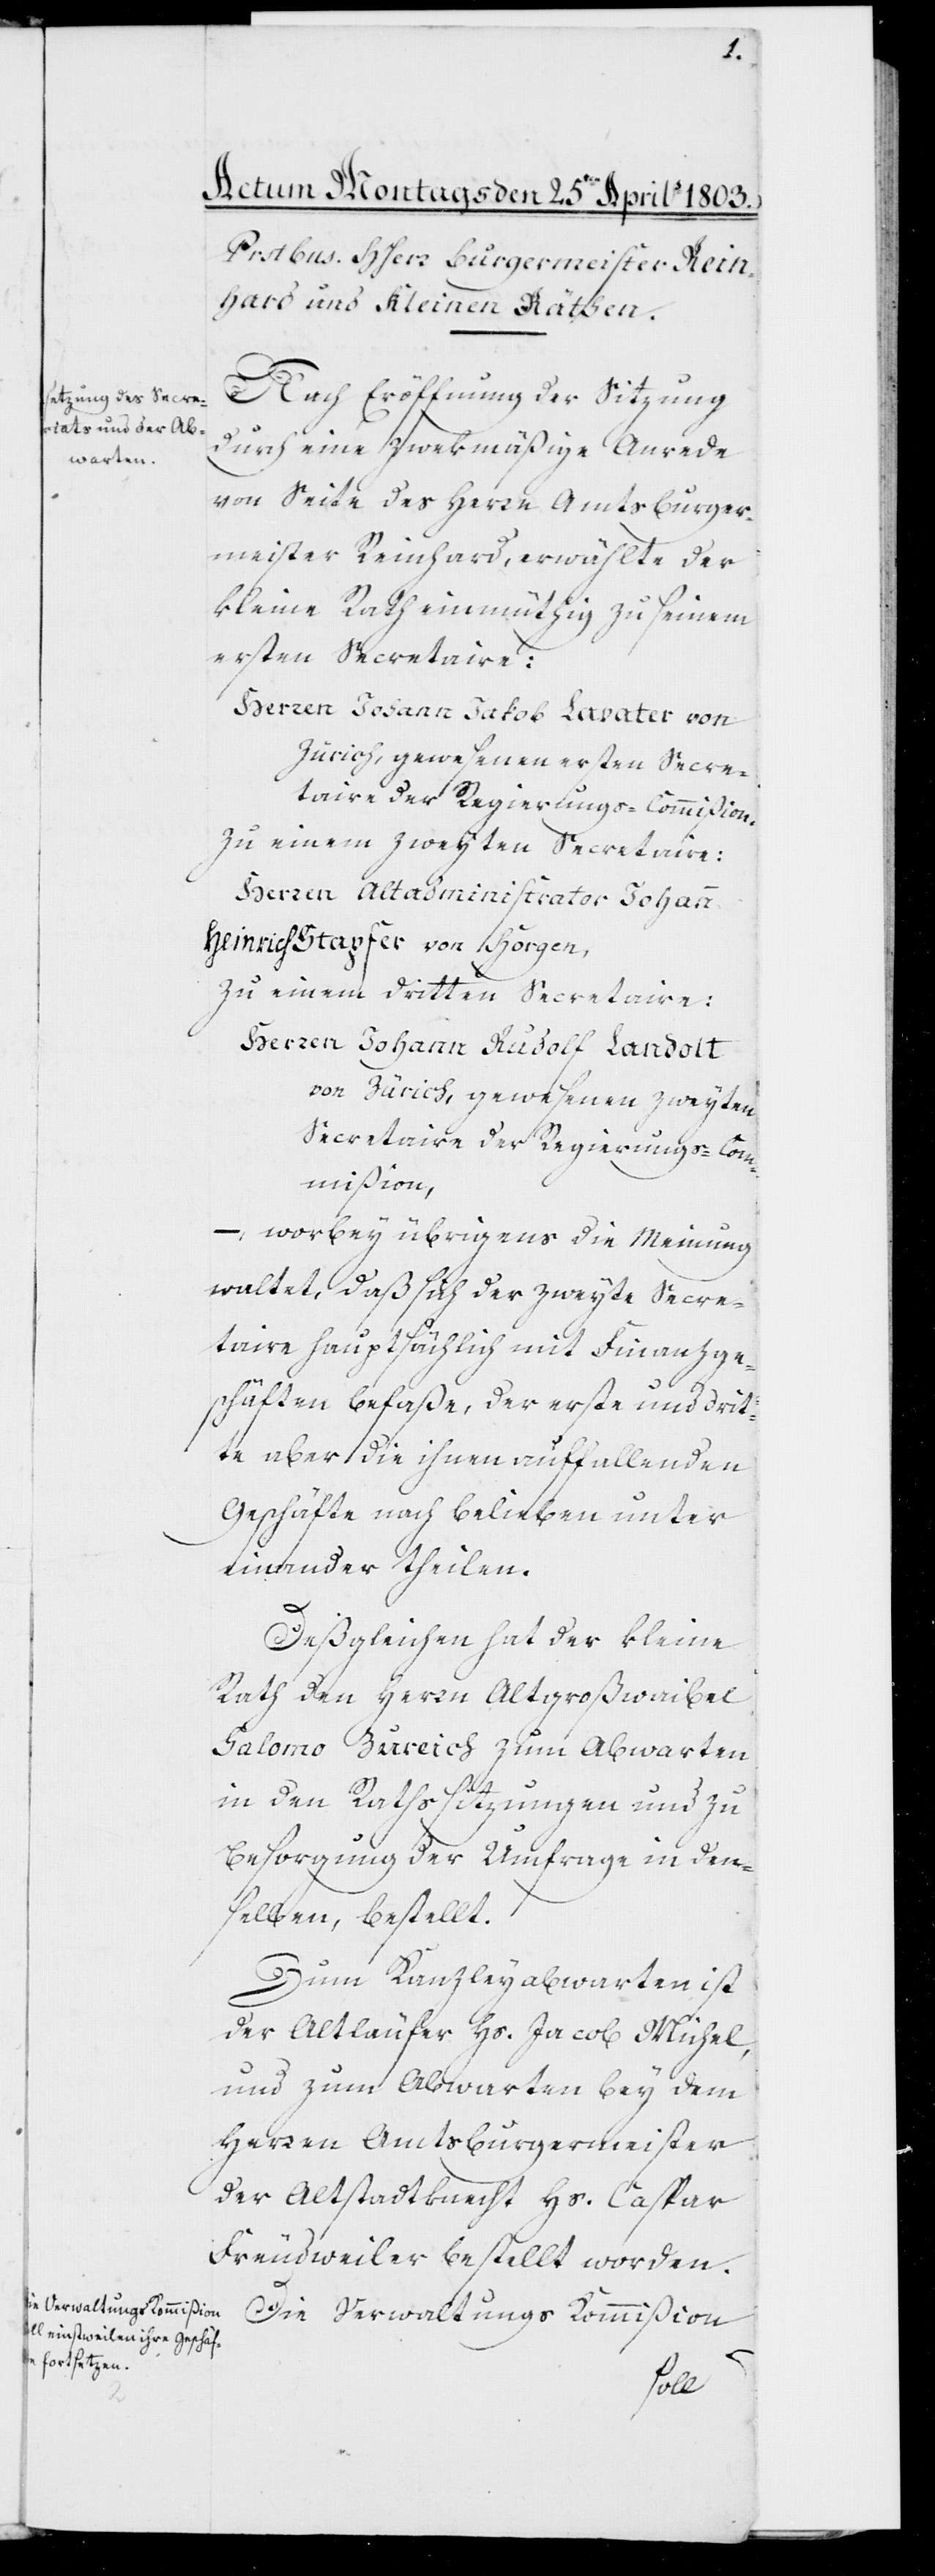
Nach Eröffnung der Sitzung
durch eine zwekmäßige Anrede
von Seite des Herrn Amtsburger¬
meister Reinhard, erwählte der
kleine Rath einmüthig zu seinem
ersten Secretaire:
Herren Johann Jakob Lavater von
Zürich, gewesenen ersten Secre¬
taire der Regierungs-Commißion,
zu einem zweyten Secretaire:
Herren Altadministrator Johann
Heinrich Stapfer von Horgen,
zu einem dritten Secretaire:
Herren Johann Rudolf Landolt
von Zürich, gewesenen zweyten
Secretaire der Regierungs-Com¬
mißion,
–, worbey übrigens die Meinung
waltet, daß sich der zweyte Secre¬
taire hauptsächlich mit Finanzge¬
schäften befaße, der erste und drit¬
te aber die ihnen auffallenden
Geschäfte nach Belieben unter
einander theilen.
Deßgleichen hat der kleine
Rath den Herrn Altgroßweibel
Salomo Zureich zum Abwarten
in den Rathssitzungen und zu
Besorgung der Umfrage in den¬
selben, bestellt.
Zum Kanzleyabwarten ist
der Altläufer Hs. Jacob Michel,
und zum Abwarten bey dem
Herrn Amtsburgermeister
der Altstadtknecht Hs. Caspar
Freudweiler bestellt worden.
Die Verwaltungs Kommißion